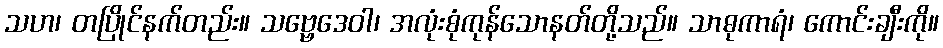
သဟ၊ တပြိုင်နက်တည်း။ သဗ္ဗေဒေဝါ၊ အလုံးစုံကုန်သောနတ်တို့သည်။ သာဓုကာရံ၊ ကောင်းချီးကို။